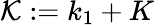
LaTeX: \mathcal{K}\mathrel{\mathop:}=k_{1}+K